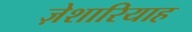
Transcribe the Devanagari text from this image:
ज़ेशारियाह